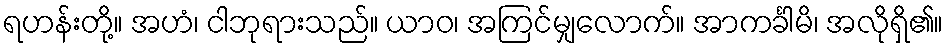
ရဟန်းတို့။ အဟံ၊ ငါဘုရားသည်။ ယာဝ၊ အကြင်မျှလောက်။ အာကင်္ခါမိ၊ အလိုရှိ၏။